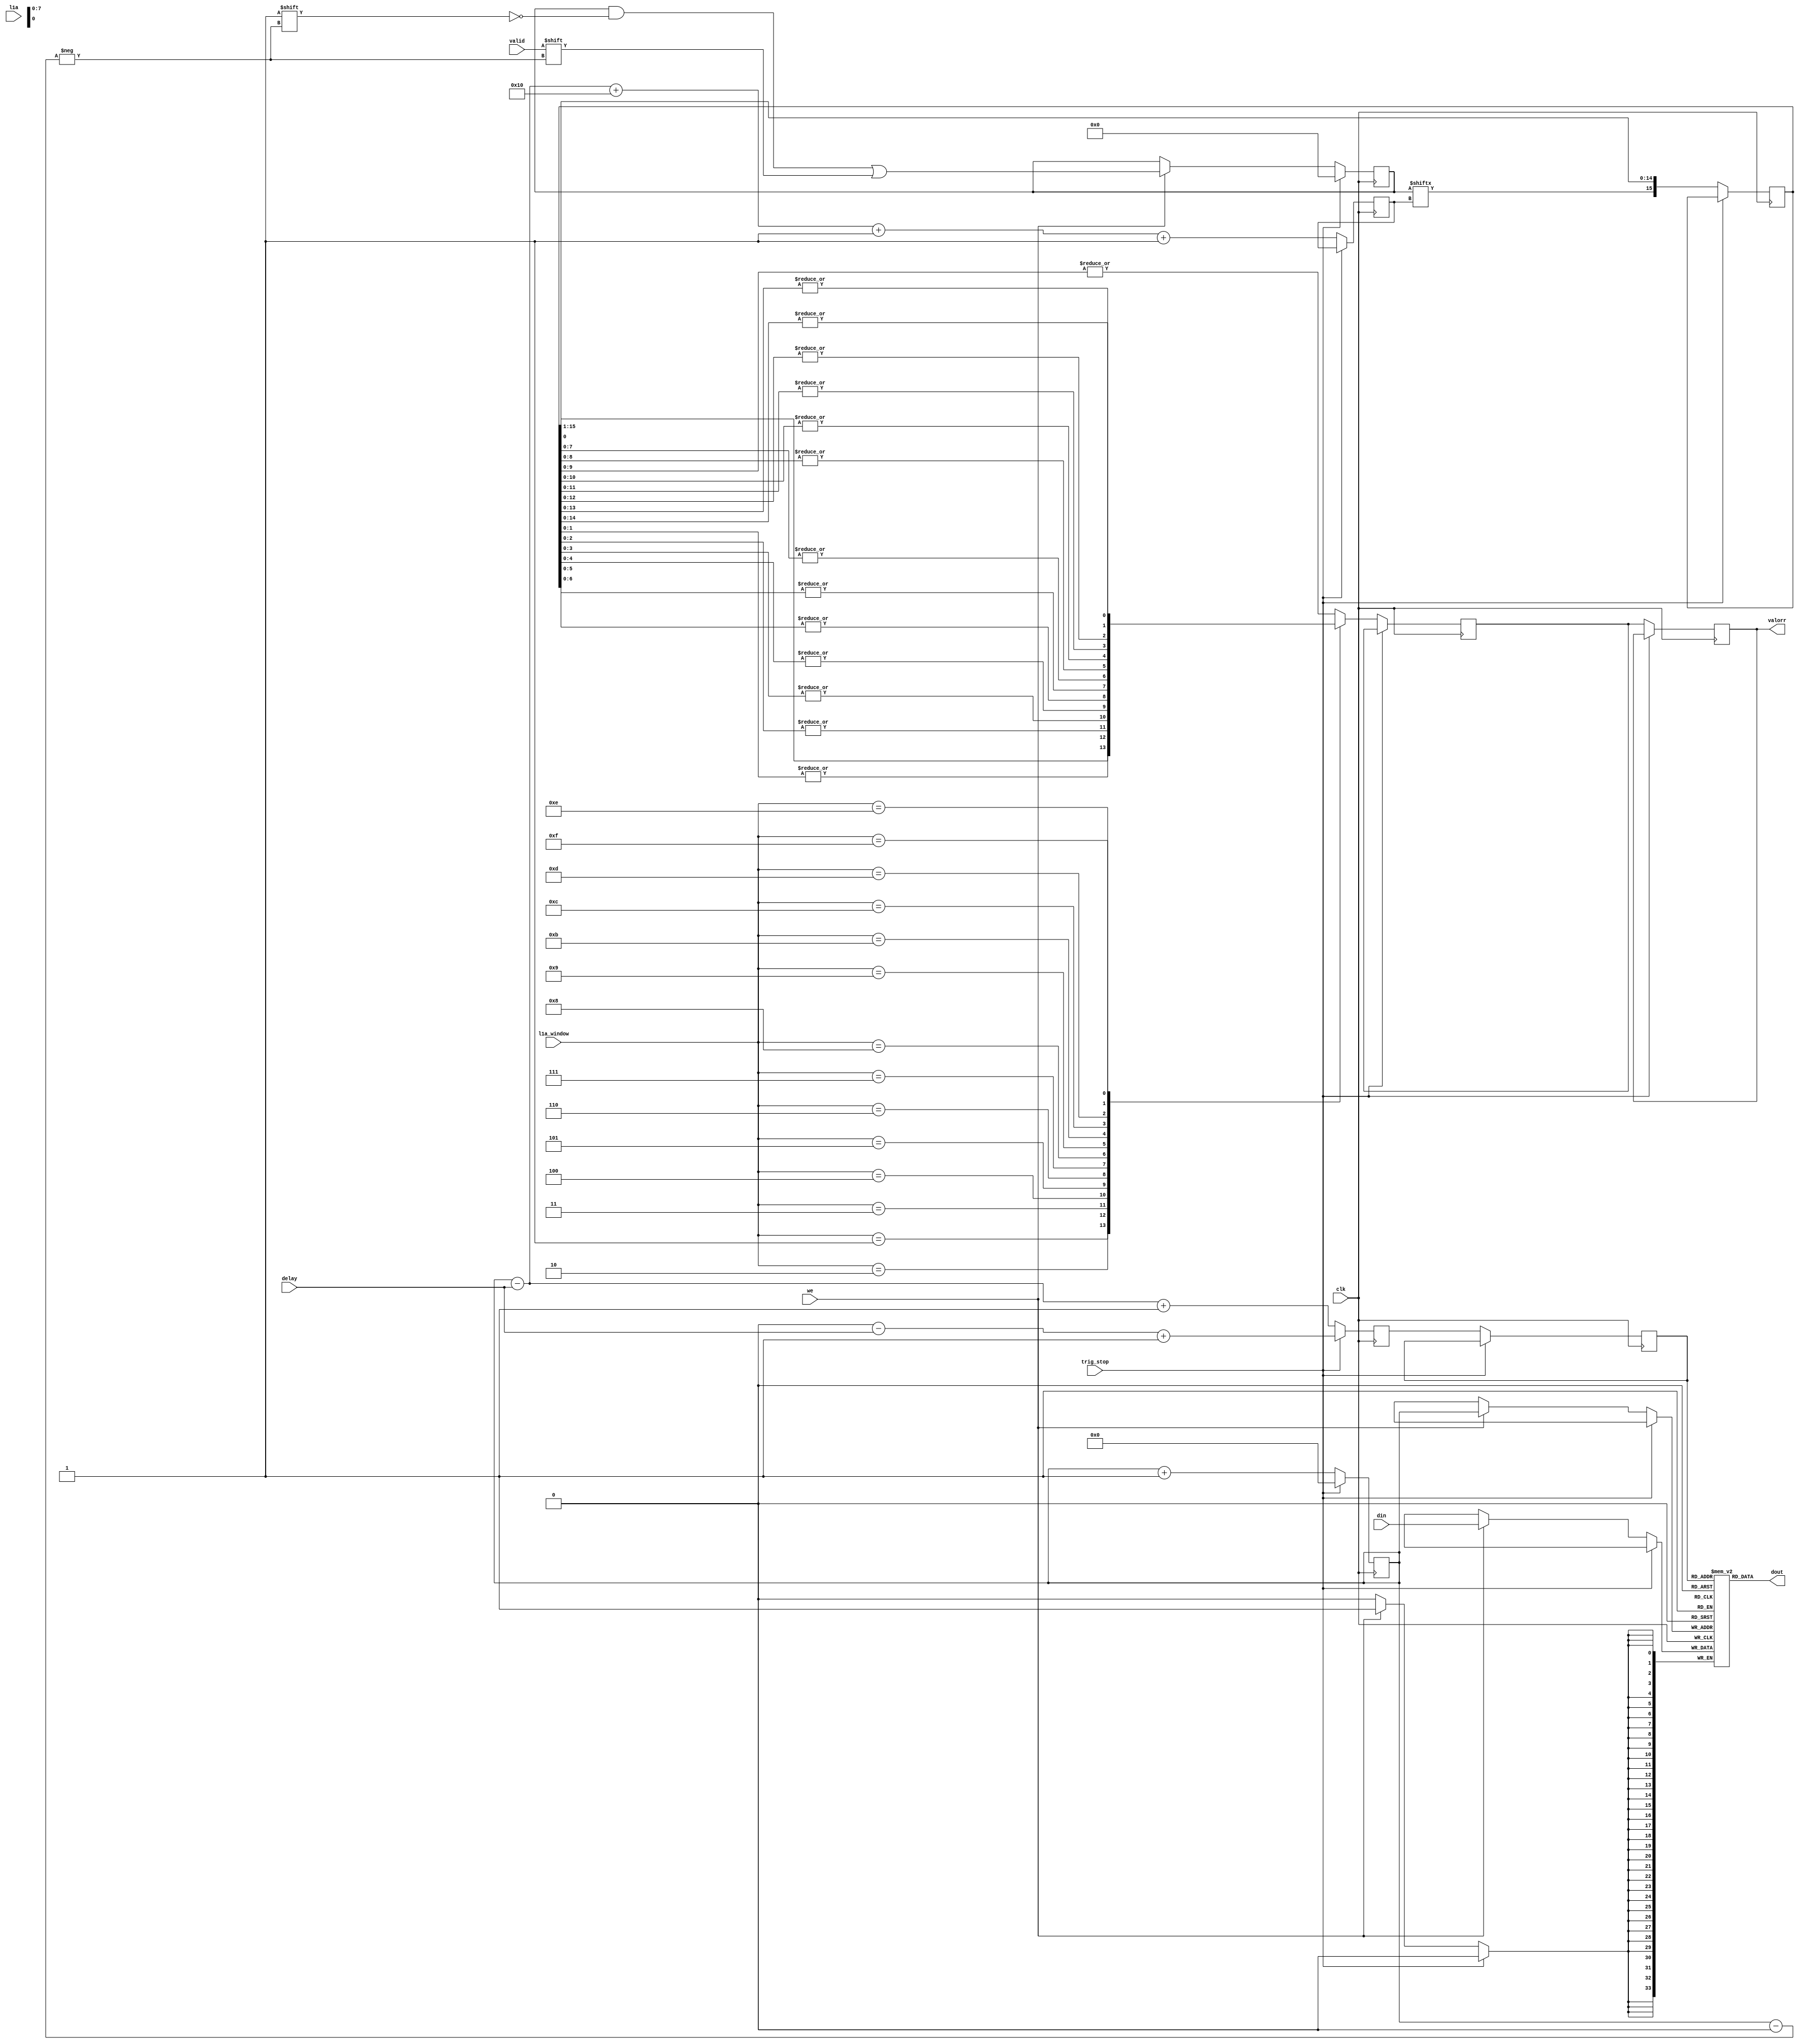
// This  Verilog HDL  source  file was  automatically generated
// by C++ model based on VPP library. Modification of this file
// is possible, but if you want to keep it in sync with the C++
// model,  please  modify  the model and re-generate this file.
// VPP library web-page: http://www.phys.ufl.edu/~madorsky/vpp/

// Timestamp : Mon Aug  6 09:13:51 2012

module best_delay
(
    din,
    dout,
    delay,
    we,
    l1a,
    l1a_window,
    valid,
    valorr,
    trig_stop,
    clk
);

    input [33:0] din;
    output [33:0] dout;
    input [7:0] delay;
    input we;
    input l1a;
    input [3:0] l1a_window;
    input valid;
    output valorr;
    reg    valorr;
    input trig_stop;
    input clk;

    reg [33:0] mem [255:0];
    // synthesis attribute ram_style of mem is block
    reg [255:0] val;
    // synthesis attribute ram_style of val is distributed
    reg [7:0] adw;
    reg [7:0] adr;
    reg [7:0] adrr;
    reg [7:0] advr;
    reg valout;
    reg [15:0] val_sh;
initial val = 0;
initial adw = 0;
initial adr = 0;
    reg valor;
    always @(posedge clk) 
    begin
        if (trig_stop) 
        begin
            val = 255'h0;
            adw = 0;
            adr = (adw - delay) + 1;
        end
        else 
        begin
            valorr = valor;
            if (we) mem[adw] = din;
            adrr = adr;
            adr = (adw - delay) + 1;
            valout = val[advr];
            if (we) val[adw] = valid;
            advr = (((adw - delay) + 16) + 1) + 1;
            adw = adw + 1;
            case (l1a_window)
                1 : 
                begin
                    valor = val_sh[0];
                end
                2 : 
                begin
                    valor = |val_sh[1:0];
                end
                3 : 
                begin
                    valor = |val_sh[2:0];
                end
                4 : 
                begin
                    valor = |val_sh[3:0];
                end
                5 : 
                begin
                    valor = |val_sh[4:0];
                end
                6 : 
                begin
                    valor = |val_sh[5:0];
                end
                7 : 
                begin
                    valor = |val_sh[6:0];
                end
                8 : 
                begin
                    valor = |val_sh[7:0];
                end
                9 : 
                begin
                    valor = |val_sh[8:0];
                end
                10 : 
                begin
                    valor = |val_sh[9:0];
                end
                11 : 
                begin
                    valor = |val_sh[10:0];
                end
                12 : 
                begin
                    valor = |val_sh[11:0];
                end
                13 : 
                begin
                    valor = |val_sh[12:0];
                end
                14 : 
                begin
                    valor = |val_sh[13:0];
                end
                15 : 
                begin
                    valor = |val_sh[14:0];
                end
                default : 
                begin
                    valor = |val_sh[9:0];
                end
            endcase
            val_sh = {valout, val_sh[15:1]};
        end
    end
    assign dout = mem[adrr];
endmodule